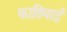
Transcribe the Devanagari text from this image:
फातिमाई